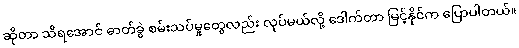
ဆိုတာ သိရအောင် ဓာတ်ခွဲ စမ်းသပ်မှုတွေလည်း လုပ်မယ်လို့ ဒေါက်တာ မြင့်နိုင်က ပြောပါတယ်။